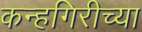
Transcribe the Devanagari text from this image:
कन्हगिरीच्या